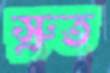
স্রুত